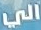
الي